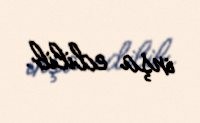
inşa edilib.